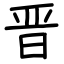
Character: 晋